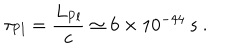
LaTeX: \tau _ { \mathrm { P l } } = \frac { L _ { \mathrm { P l } } } { c } \simeq 6 \times 1 0 ^ { - 4 4 } \ \mathrm { s } \ .